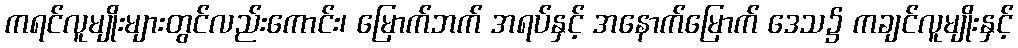
ကရင်လူမျိုးများတွင်လည်းကောင်း၊ မြောက်ဘက် အရပ်နှင့် အနောက်မြောက် ဒေသ၌ ကချင်လူမျိုးနှင့်